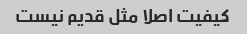
کیفیت اصلا مثل قدیم نیست